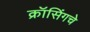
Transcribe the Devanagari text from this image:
क्रॉसिंगचे